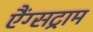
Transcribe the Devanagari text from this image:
एैंग्सट्राम